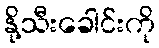
နို့သီးခေါင်းကို